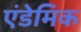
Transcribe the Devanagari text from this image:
एंडेमिक